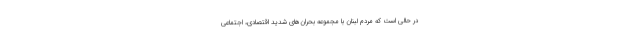
در حالی است که مردم لبنان با مجموعه بحران‌های شدید اقتصادی، اجتماعی